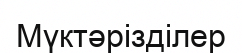
Мүктәрізділер